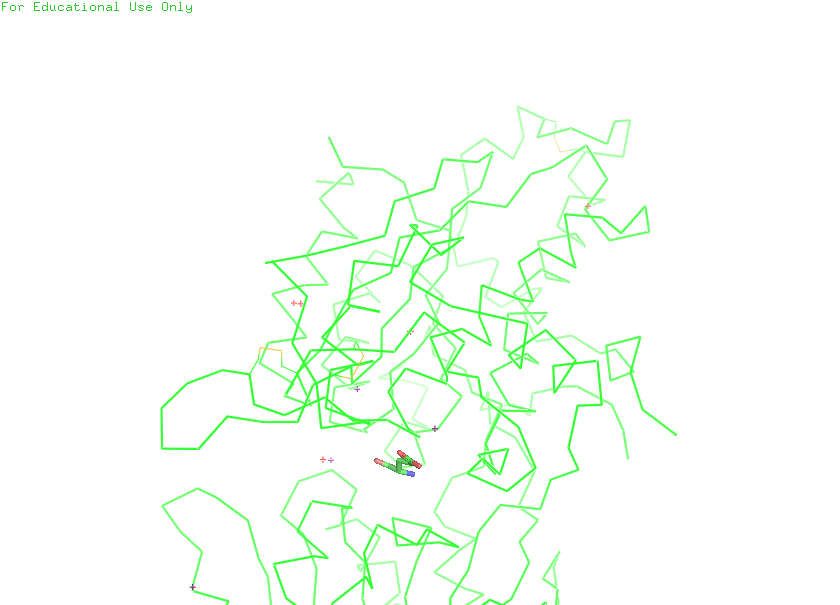
pymol, preset, simple